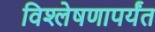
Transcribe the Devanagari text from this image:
विश्लेषणापर्यंत